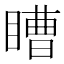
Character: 𭿕